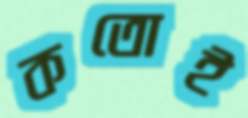
কতোই